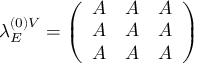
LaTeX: \lambda _ { E } ^ { ( 0 ) V } = \left( \begin{array} { l l l } { { A } } & { { A } } & { { A } } \\ { { A } } & { { A } } & { { A } } \\ { { A } } & { { A } } & { { A } } \end{array} \right)